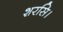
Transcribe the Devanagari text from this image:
शरसि।